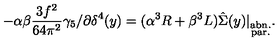
- \alpha \beta \frac { 3 f ^ { 2 } } { 6 4 \pi ^ { 2 } } \gamma _ { 5 } / \partial \delta ^ { 4 } ( y ) = ( \alpha ^ { 3 } R + \beta ^ { 3 } L ) \hat { \Sigma } ( y ) | _ { \stackrel { { \scriptstyle \mathrm { a b n . } } } { { \scriptstyle \mathrm { p a r . } } } } .